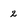
Character: 2